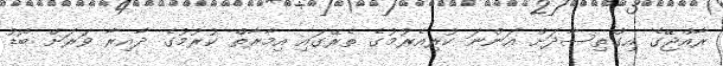
ރާއްޖޭގެ އިގްތިސާދަށް އަންނަ ކުރިއެރުމުގެ ތެރޭގައި އިމާރާތް ކުރުމުގެ ދާއިރާ ވަރަށް ބޮޑު